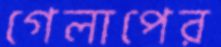
গেলাপের